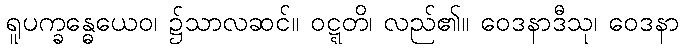
ရူပက္ခန္ဓေယေဝ၊ ၌သာလဆင်။ ဝဋ္ဋတိ၊ လည်၏။ ဝေဒနာဒီသု၊ ဝေဒနာ